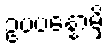
ဥပပန္နောမှိ